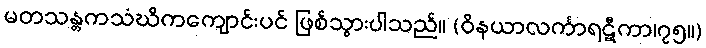
မတသန္တကသံဃိကကျောင်းပင် ဖြစ်သွားပါသည်။ (ဝိနယာလင်္ကာရဋီကာ၊၇၅။)